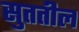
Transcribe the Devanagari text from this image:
सुततील